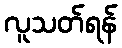
လူသတ်ရန်